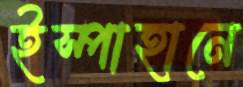
ইস্পাহানে